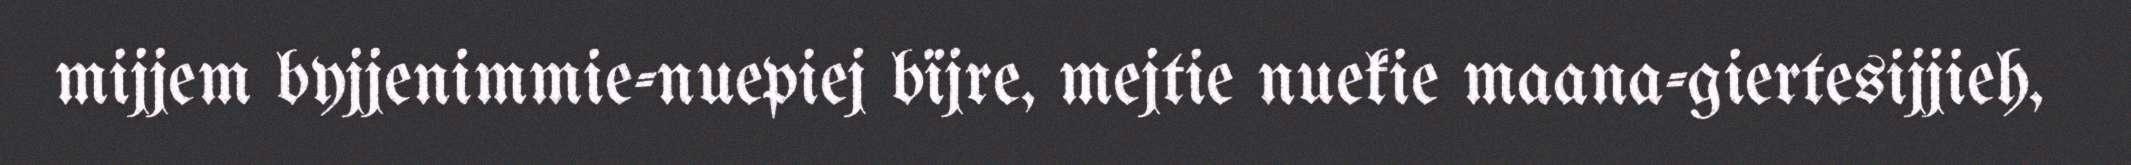
mijjem byjjenimmie-nuepiej bïjre, mejtie nuekie maana-giertesijjieh,